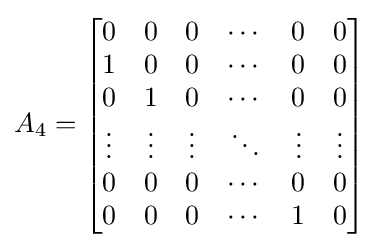
A_{4}={\begin{bmatrix}0&0&0&\cdots &0&0\\1&0&0&\cdots &0&0\\0&1&0&\cdots &0&0\\\vdots &\vdots &\vdots &\ddots &\vdots &\vdots \\0&0&0&\cdots &0&0\\0&0&0&\cdots &1&0\end{bmatrix}}